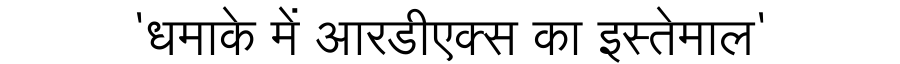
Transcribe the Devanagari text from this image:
'धमाके में आरडीएक्स का इस्तेमाल'